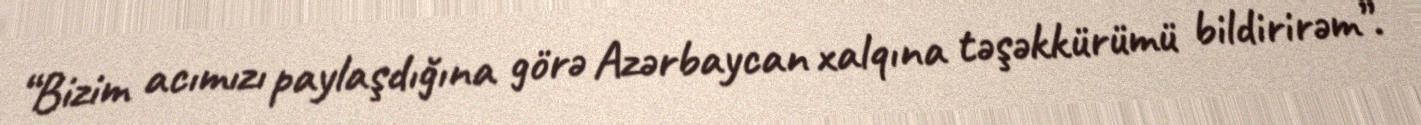
“Bizim acımızı paylaşdığına görə Azərbaycan xalqına təşəkkürümü bildirirəm”.